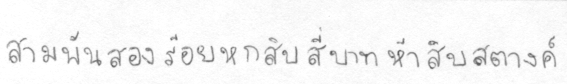
สามพันสองร้อยหกสิบสี่บาทห้าสิบสตางค์